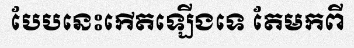
បែបនេះកើតឡើងទេ តែមកពី